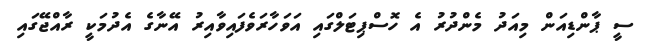
ސީ ޕާންޑިއަން މިއަދު މެންދުރު އެ ހޮސްޕިޓަލްގައި އަވަހާރަވެފައިވާއިރު އޭނާގެ އެދުމަކީ ރާއްޖޭގައި